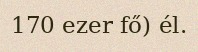
170 ezer fő) él.